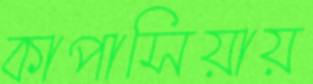
কাপাসিয়ায়